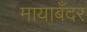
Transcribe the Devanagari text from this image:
मायाबँदर